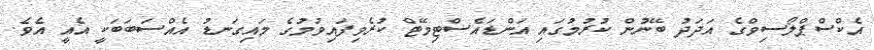
އެކްސްޕްލޯސިވްގެ އަދަދު ބޭނުން ކުރުމުގައި އަންޑައެސްޓިމޭޓް ކުރެވިފައިވުމުގެ މައިގަނޑު އެއްސަބަބަކީ އެއީ އެވެ.